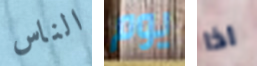
الناس يوم اذا